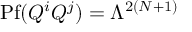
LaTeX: \mathrm { P f } ( Q ^ { i } Q ^ { j } ) = \Lambda ^ { 2 ( N + 1 ) }